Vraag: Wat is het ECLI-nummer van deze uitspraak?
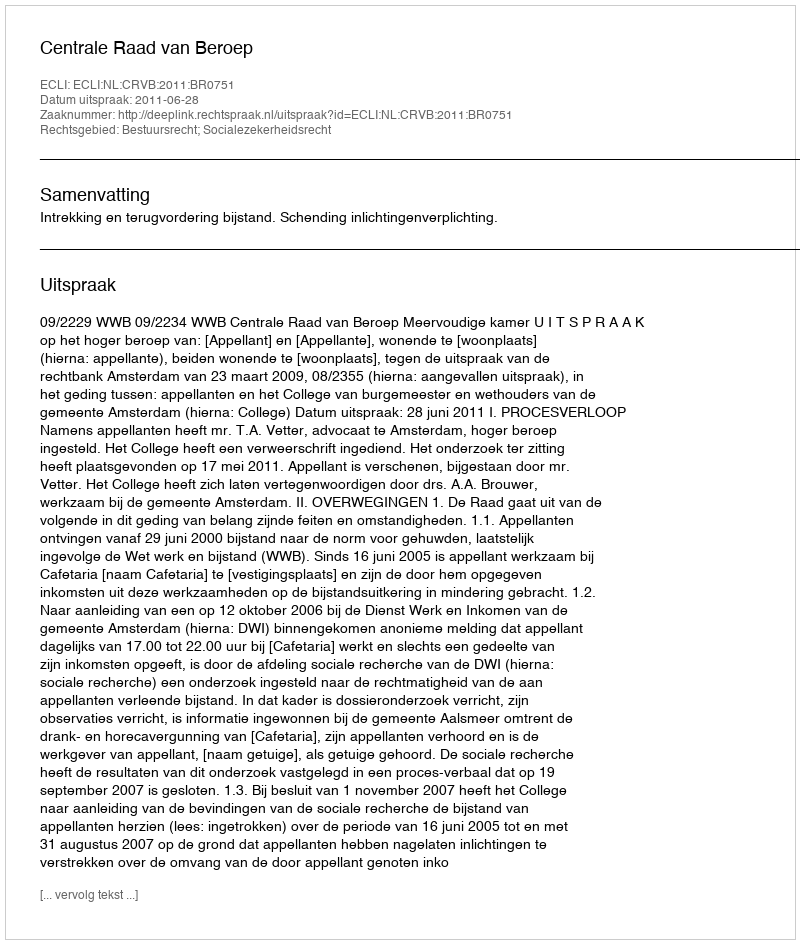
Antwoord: ECLI:NL:CRVB:2011:BR0751